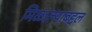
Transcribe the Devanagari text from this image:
मिळाल्याबद्दल